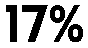
17%